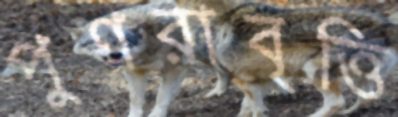
পুণরাবৃত্তি